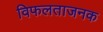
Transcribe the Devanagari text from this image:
विफलताजनक